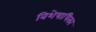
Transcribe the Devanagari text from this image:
विशेषाधिका